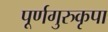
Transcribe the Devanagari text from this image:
पूर्णगुरुकृपा